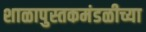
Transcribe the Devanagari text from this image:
शाळापुस्तकमंडळीच्या